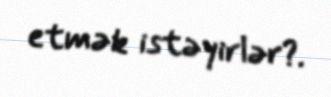
etmək istəyirlər?.